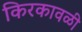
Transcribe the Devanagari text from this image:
किरकावळी